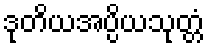
ဒုတိယအပ္ပိယသုတ္တံ